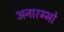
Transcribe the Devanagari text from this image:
अनारम्भो